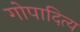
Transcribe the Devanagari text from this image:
गोपादित्य